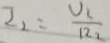
I _ { 2 } = \frac { U _ { 2 } } { R _ { 2 } }